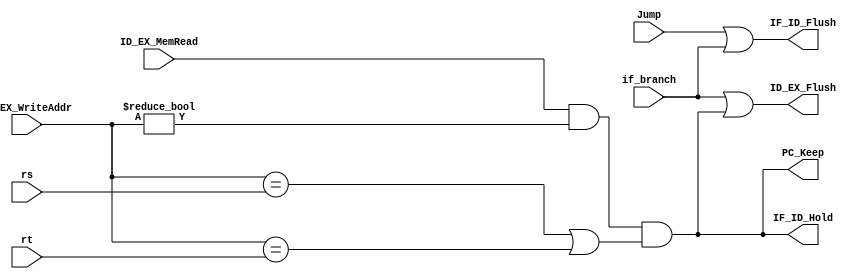
`timescale 1ns / 1ps
//////////////////////////////////////////////////////////////////////////////////
// Class: Experiments on Fundamentals of Digital Logic and Processor
// Designer: Shao Chenyang
// 
// Design Name: PipelineCPU
// Module Name: Hazard
// Project Name: Pipeline-cpu
// Target Devices: 
// Tool Versions: Vivado 2017.4 
// Description: used for solving the hazard, controlling the flash and keep signal. 
// 
// Dependencies: 
// 
// Revision:
// Revision 0.01 - File Created
// Additional Comments:
// 
/////////////////////////////////////////////////////////////////////////////////

module Hazard (ID_EX_WriteAddr,ID_EX_MemRead,rs,rt,PC_Keep,IF_ID_Hold,
            Jump, if_branch, IF_ID_Flush, ID_EX_Flush);
        
    input [4:0] ID_EX_WriteAddr;
    input ID_EX_MemRead;
    input [4:0] rs;
    input [4:0] rt;
    input Jump;
    input if_branch;

    output PC_Keep,IF_ID_Hold;
    output IF_ID_Flush;
    output ID_EX_Flush;

    wire Load_Use;

    assign Load_Use = ID_EX_MemRead 
                && (ID_EX_WriteAddr != 0) 
                && (ID_EX_WriteAddr == rs || ID_EX_WriteAddr == rt);
    assign PC_Keep = Load_Use;
    assign IF_ID_Hold = Load_Use;


    assign IF_ID_Flush = Jump || if_branch;
    assign ID_EX_Flush = if_branch ||  Load_Use;

endmodule